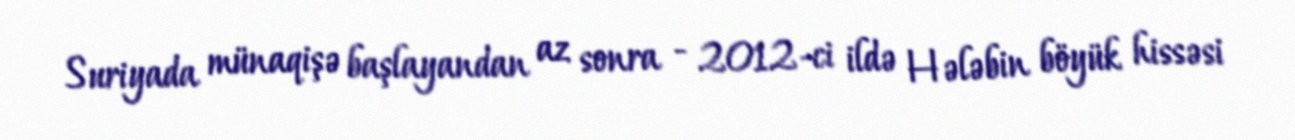
Suriyada münaqişə başlayandan az sonra - 2012-ci ildə Hələbin böyük hissəsi